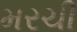
મરચી